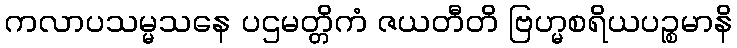
ကလာပသမ္မသနေ ပဌမတ္တိကံ ဇယတီတိ ဗြဟ္မစရိယပဉ္စမာနိ